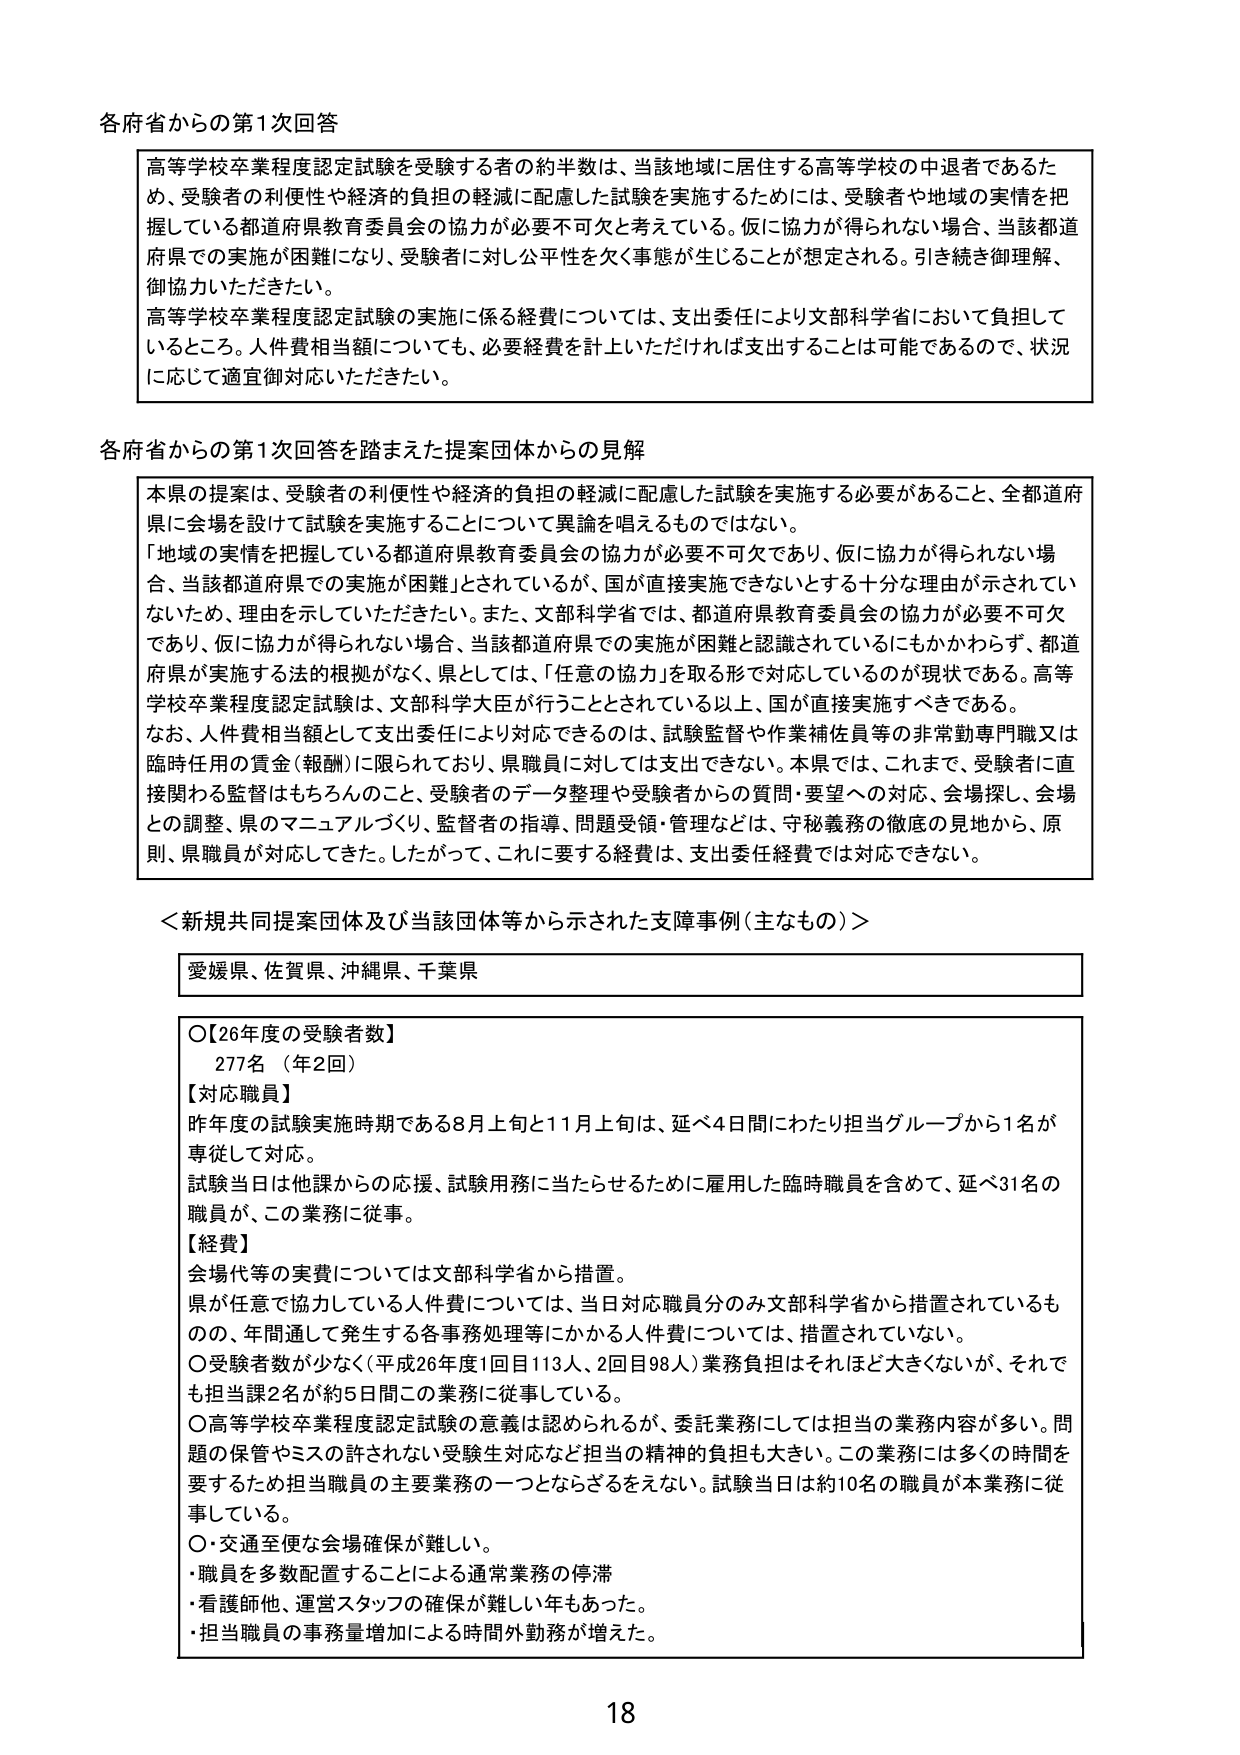
各府省からの第1次回答

高等学校卒業程度認定試験を受験する者の約半数は、当該地域に居住する高等学校の中退者であるため、受験者の利便性や経済的負担の軽減に配慮した試験を実施するためには、受験者や地域の実情を把握している都道府県教育委員会の協力が必要不可欠と考えている。仮に協力が得られない場合、当該都道府県での実施が困難になり、受験者に対し公平性を欠く事態が生じることが想定される。引き続き御理解、御協力いただきたい。

高等学校卒業程度認定試験の実施に係る経費については、支出委任により文部科学省において負担しているところ。人件費相当額についても、必要経費を計上いただければ支出することは可能であるので、状況に応じて適宜御対応いただきたい。

各府省からの第1次回答を踏まえた提案団体からの見解

本県の提案は、受験者の利便性や経済的負担の軽減に配慮した試験を実施する必要があること、全都道府県に会場を設けて試験を実施することについて異論を唱えるものではない。

「地域の実情を把握している都道府県教育委員会の協力が必要不可欠であり、仮に協力が得られない場合、当該都道府県での実施が困難」とされているが、国が直接実施できないとする十分な理由が示されていないため、理由を示していただきたい。また、文部科学省では、都道府県教育委員会の協力が必要不可欠であり、仮に協力が得られない場合、当該都道府県での実施が困難と認識されているにもかかわらず、都道府県が実施する法的根拠がなく、県としては、「任意の協力」を取る形で対応しているのが現状である。高等学校卒業程度認定試験は、文部科学大臣が行うこととされている以上、国が直接実施すべきである。

なお、人件費相当額として支出委任により対応できるのは、試験監督や作業補佐員等の非常勤専門職又は臨時任用の賃金（報酬）に限られており、県職員に対しては支出できない。本県では、これまで、受験者に直接関わる監督はもちろんのこと、受験者のデータ整理や受験者からの質問・要望への対応、会場探し、会場との調整、県のマニュアルづくり、監督者の指導、問題受領・管理などは、守秘義務の徹底の見地から、原則、県職員が対応してきた。したがって、これに要する経費は、支出委任経費では対応できない。

＜新規共同提案団体及び当該団体等から示された支障事例（主なもの）＞

愛媛県、佐賀県、沖縄県、千葉県

〇【26年度の受験者数】
277名（年2回）
【対応職員】
昨年度の試験実施時期である8月上旬と11月上旬は、延べ4日間にわたり担当グループから1名が専従して対応。
試験当日は他課からの応援、試験用務に当たらせるために雇用した臨時職員を含めて、延べ31名の職員が、この業務に従事。
【経費】
会場代等の実費については文部科学省から措置。
県が任意で協力している人件費については、当日対応職員分のみ文部科学省から措置されているものの、年間通して発生する各事務処理等にかかる人件費については、措置されていない。
〇受験者数が少なく（平成26年度1回目113人、2回目98人）業務負担はそれほど大きくないが、それでも担当課2名が約5日間この業務に従事している。
〇高等学校卒業程度認定試験の意義は認められるが、委託業務にしては担当の業務内容が多い。問題の保管やミスの許されない受験生対応など担当の精神的負担も大きい。この業務には多くの時間を要するため担当職員の主要業務の一つとなざるをえない。試験当日は約10名の職員が本業務に従事している。
〇・交通至便な会場確保が難しい。
・職員を多数配置することによる通常業務の停滞
・看護師他、運営スタッフの確保が難しい年もあった。
・担当職員の事務量増加による時間外勤務が増えた。

18